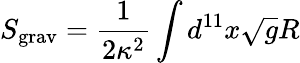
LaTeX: S_{\mathrm{grav}}=\frac{1}{2\kappa^{2}}\int d^{11}x\sqrt{g}R